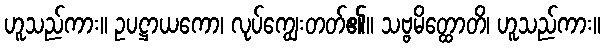
ဟူသည်ကား။ ဥပဋ္ဌာယကော၊ လုပ်ကျွေးတတ်၏။ သဗ္ဗမိတ္ထောတိ၊ ဟူသည်ကား။